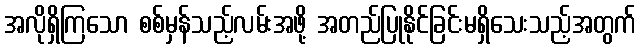
အလိုရှိကြသော စစ်မှန်သည့်လမ်းအဖို့ အတည်ပြုနိုင်ခြင်းမရှိသေးသည့်အတွက်